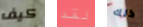
كيف لقد ذلك